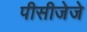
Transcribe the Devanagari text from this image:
पीसीजेजे